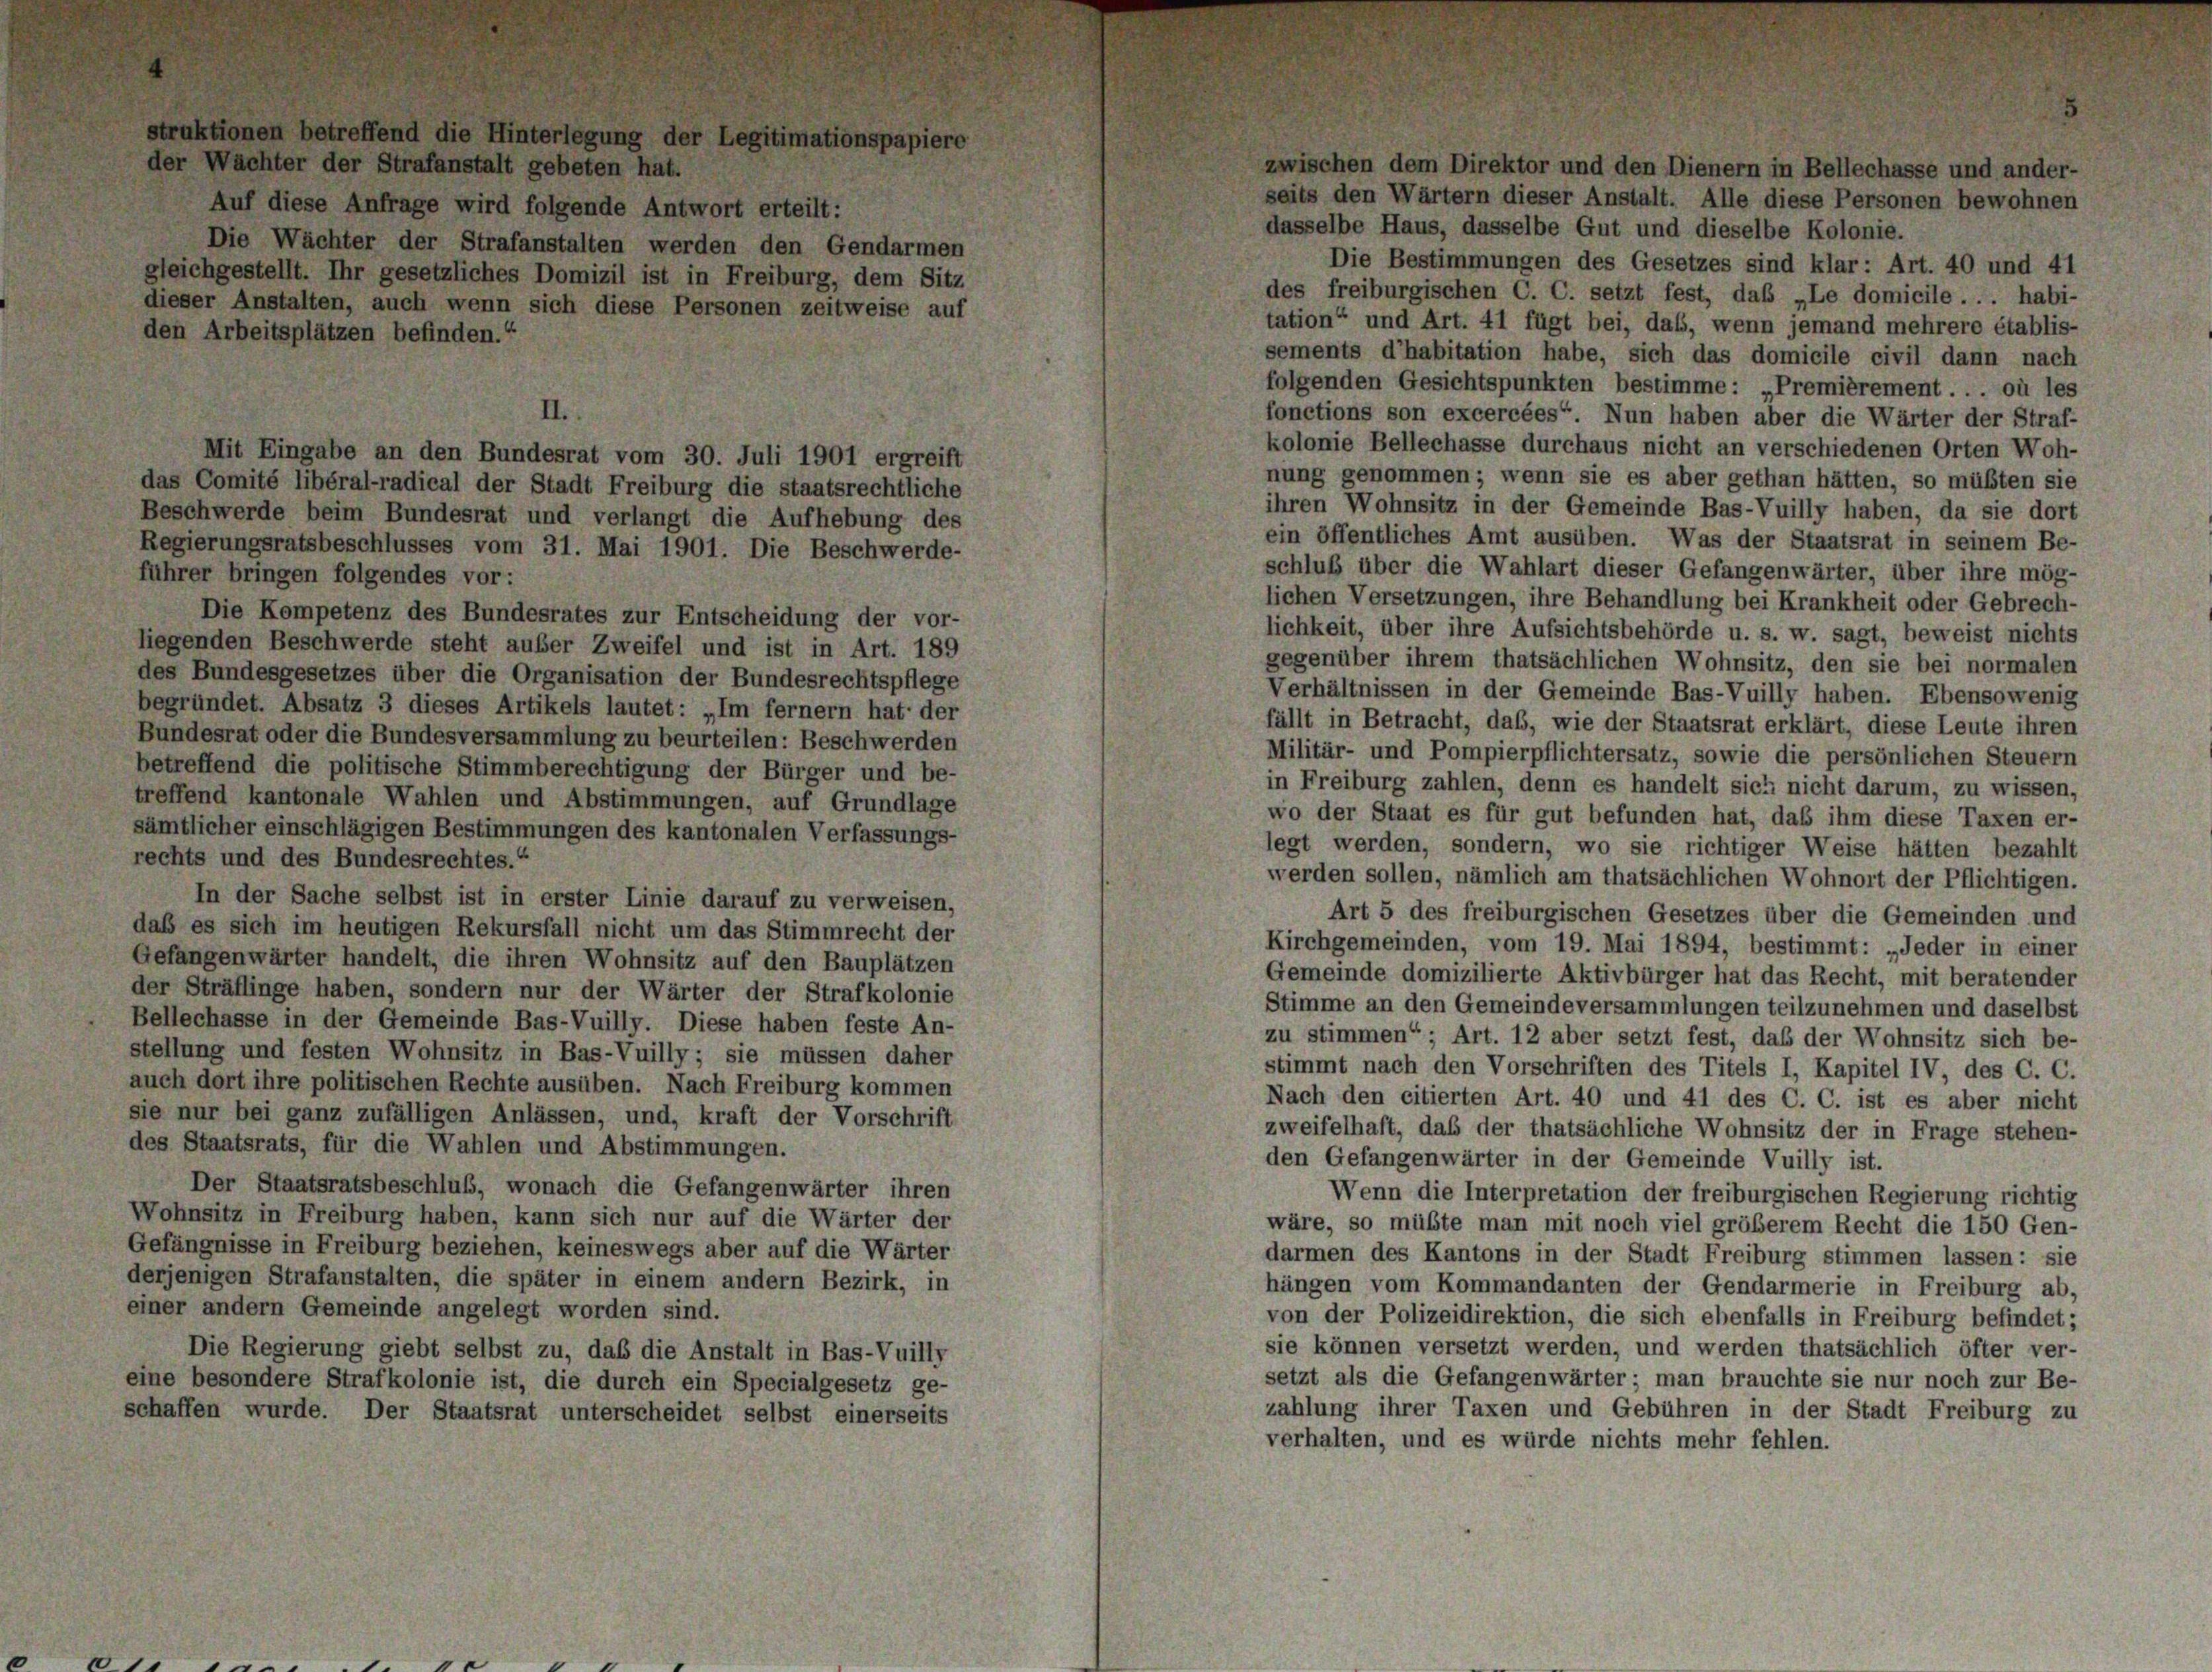
erde beim Bur

al der Stadt Freibu
desrat und verlang
es vom 31. Mai 18

8

Die Kompetenz des Bundesrates zur Entscheidung der vor-
liegenden Beschwerde steht außer Zweifel und ist in Art. 189
des Bundesgesetzes über die Organisation der Bundesrechtspflege
begründet. Absatz 3 dieses Artikels lautet: „Im fernem hat der
Bundesrat oder die Bundesversammlung zu beurteilen: Beschwerden
betreffend die politische Stimmberechtigung der Bürger und be-
treffend kantonale Wahlen und Abstimmungen, auf Grundlage
sämtlicher einschlägigen Bestimmungen des kantonalen Verfassungs-
rechts und des Bundesrechtes.“
In der Sache selbst ist in erster Linie darauf zu verweisen,
daß es sich im heutigen Rekursfall nicht um das Stimmrecht der
Gefangenwärter handelt, die ihren Wohnsitz auf den Bauplätzen
der Sträflinge haben, sondern nur der Wärter der Strafkolonie
Bellechasse in der Gemeinde Bas-Vuilly. Diese haben feste An-
stellung und festen Wohnsitz in Bas-Vuilly; sie müssen daher
auch dort ihre politischen Rechte ausüben. Nach Freiburg kommen
sie nur bei ganz zufälligen Anlässen, und, kraft der Vorschrift
des Staatsrats, für die Wahlen und Abstimmungen.
Der Staatsratsbeschluß, wonach die Gefangenwärter ihren
Wohnsitz in Freiburg haben, kann sich nur auf die Wärter der
Gefängnisse in Freiburg beziehen, keineswegs aber auf die Wärter
derjenigen Strafanstalten, die später in einem andern Bezirk, in
einer andern Gemeinde angelegt worden sind.
Die Regierung giebt selbst zu, daß die Anstalt in Bas-Vuilly
eine besondere Strafkolonie ist, die durch ein Specialgesetz ge-
schaffen wurde. Der Staatsrat unterscheidet selbst ei

seits den Wärtern dieser Anstalt. Alle diese Personen bewohnen
dasselbe Haus, dasselbe Gut und dieselbe Kolonie.
Die Bestimmungen des Gesetzes sind klar: Art. 40 und 41
des freiburgischen C. C. setzt fest, das „Le domicile . . . habi-
tation“ und Art. 41 fügt bei, das, wenn jemand mehrere établis-
sements d’habitation habe, sich das domicile civil dann nach
folgenden Gesichtspunkten bestimme: „Premièrement . . . où les
fonctions son excercées“. Nun haben aber die Wärter der Straf-
kolonie Bellechasse durchaus nicht an verschiedenen Orten Woh-
nung genommen; wenn sie es aber gethan hätten, so müßten sie
ihren Wohnsitz in der Gemeinde Bas-Vuilly haben, da sie dort
ein öffentliches Amt ausüben. Was der Staatsrat in seinem Be-
schluß über die Wahlart dieser Gefangenwärter, über ihre mög-
lichen Versetzungen, ihre Behandlung bei Krankheit oder Gebrech-
lichkeit, über ihre Aufsichtsbehörde u. s. w. sagt, beweist nichts
gegenüber ihrem thatsächlichen Wohnsitz, den sie bei normalen
Verhältnissen in der Gemeinde Bas-Vuilly haben. Ebensowenig
fällt in Betracht, daß, wie der Staatsrat erklärt, diese Leute ihren
Militär- und Pompierpflichtersatz, sowie die persönlichen Steuern
in Freiburg zahlen, denn es handelt sich nicht darum, zu wissen,
wo der Staat es für gut befunden hat, daß ihm diese Taxen er-
legt werden, sondern, wo sie richtiger Weise hätten bezahlt
werden sollen, nämlich am thatsächlichen Wohnort der Pflichtigen.
Art 5 des freiburgischen Gesetzes über die Gemeinden und
Kirchgemeinden, vom 19. Mai 1894, bestimmt: „Jeder in einer
Gemeinde domizilierte Aktivbürger hat das Recht, mit beratender
Stimme an den Gemeindeversammlungen teilzunehmen und daselbst
zu stimmen“; Art. 12 aber setzt fest, daß der Wohnsitz sich be-
stimmt nach den Vorschriften des Titels I, Kapitel IV, des C. C.
Nach den citierten Art. 40 und 41 des C. C. ist es aber nicht
zweifelhaft, daß der thatsächliche Wohnsitz der in Frage stehen-
den Gefangenwärter in der Gemeinde Vuilly ist.
Wenn die Interpretation der freiburgischen Regierung richtig
wäre, so müßte man mit noch viel größerem Recht die 150 Gen-
darmen des Kantons in der Stadt Freiburg stimmen lassen: sie
hängen vom Kommandanten der Gendarmerie in Freiburg ab,
von der Polizeidirektion, die sich ebenfalls in Freiburg befindet;
sie können versetzt werden, und werden thatsächlich öfter ver-
setzt als die Gefangenwärter; man brauchte sie nur noch zur Be-
zahlung ihrer Taxen und Gebühren in der Stadt Freiburg zu
verhalten, und es würde nichts mehr fehlen.